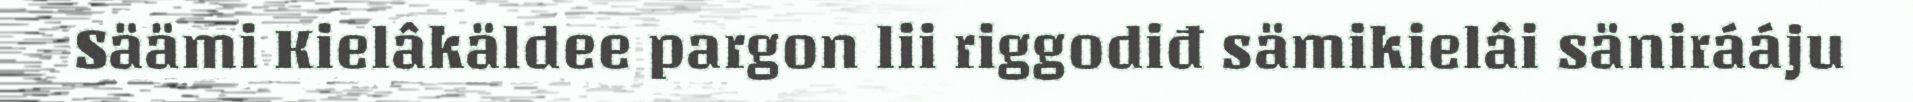
Säämi Kielâkäldee pargon lii riggodiđ sämikielâi sänirááju